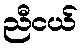
ညီငယ်